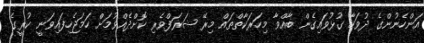
އަންހެނުންގެ ދުވަހާ ގުޅުވައިގެން ބާއްވާ މިހަރަކާތްތައް މިރޭ ޝަރަފްވެރި ކޮށްދެއްވުމަށް ހަމަޖެހިފައިވަނީ ކުރީގެ